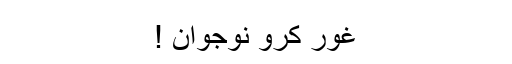
غور کرو نوجوان !